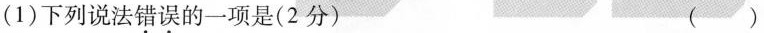
(1)下列说法错误的一项是(2分) ( )